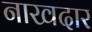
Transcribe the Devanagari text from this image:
नाखदार